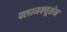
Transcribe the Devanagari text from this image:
फ्लामक्यूशेन